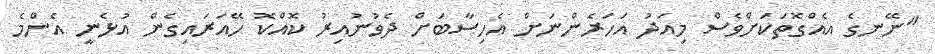
"ނޭނގެ އެއްގޮތަކަށްވެސް މިއަދު އަހަރެންނަށް އެހިސާބަށް ދެވުނުއިރު ކޮއްކޮ ހޭއަރައިގެން އުޅެނީ އެންމެ